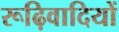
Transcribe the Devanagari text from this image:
रूढ़िवादियों